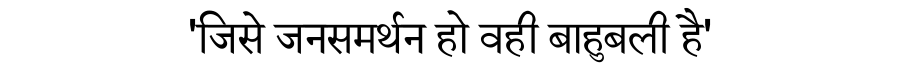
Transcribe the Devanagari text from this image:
'जिसे जनसमर्थन हो वही बाहुबली है'